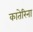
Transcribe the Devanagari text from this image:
कातेरिना